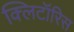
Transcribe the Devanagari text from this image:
क्लिटॉरिस